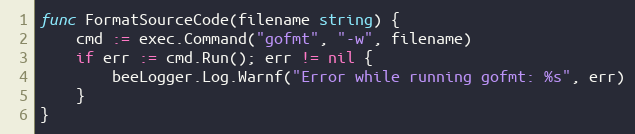
Language: Go
func FormatSourceCode(filename string) {
	cmd := exec.Command("gofmt", "-w", filename)
	if err := cmd.Run(); err != nil {
		beeLogger.Log.Warnf("Error while running gofmt: %s", err)
	}
}